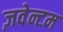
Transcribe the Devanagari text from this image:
ज़वेन्टम